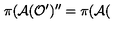
\pi ( \mathcal { A } ( \mathcal { O } ^ { \prime } ) ^ { \prime \prime } = \pi ( \mathcal { A } (